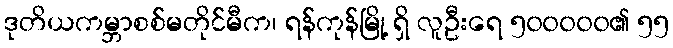
ဒုတိယကမ္ဘာစစ်မတိုင်မီက၊ ရန်ကုန်မြို့ ရှိ လူဦးရေ ၅၀၀၀၀၀၏ ၅၅